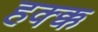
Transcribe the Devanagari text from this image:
हक्क्क